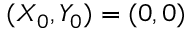
( X _ { 0 } , Y _ { 0 } ) = ( 0 , 0 )